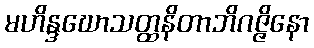
မဟိန္ဒဃောသတ္ထနိတာဘိဂဇ္ဇိနော